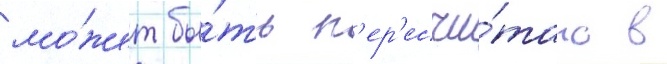
мо́жет бы́ть п'ер'есчи́тано в